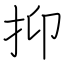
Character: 抑